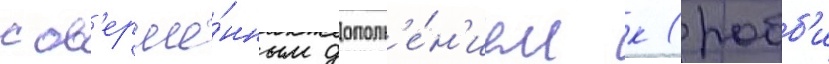
сов'ерше́нным дополн'е́н'ием к (робб'и